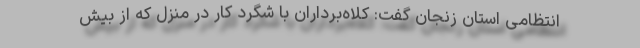
انتظامی استان زنجان گفت: کلاه‌برداران با شگرد کار در منزل که از بیش